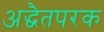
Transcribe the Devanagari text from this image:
अद्धैतपरक